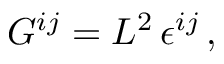
G ^ { i j } = L ^ { 2 } \, \epsilon ^ { i j } \, ,